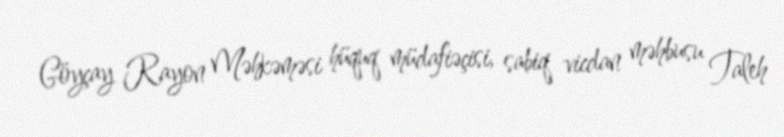
Göyçay Rayon Məhkəməsi hüquq müdafiəçisi, sabiq vicdan məhbusu Taleh